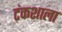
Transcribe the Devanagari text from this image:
टंकशाला